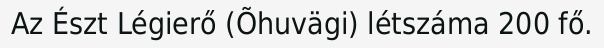
Az Észt Légierő (Õhuvägi) létszáma 200 fő.